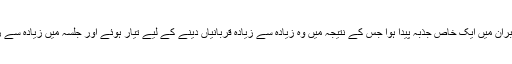
بظاہر محسوس ہوا کہ اکثر ممبران میں ایک خاص جذبہ پیدا ہوا جس کے نتیجہ میں وہ زیادہ سے زیادہ قربانیاں دینے کے لیے تیار ہوئے اور جلسہ میں زیادہ سے زیادہ حصہ لینا چاہ رہے تھے۔